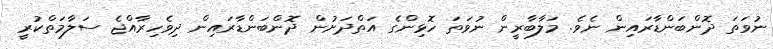
ނުވަތަ ދޮންބަންޑާރައިން ނެވެ. މަލާބާރީން ނުވަތަ ހޮޅިންގެ އަތްދަށުން ދޮންބަންޑާރައިން ދިވެހިރާއްޖެ ސަލާމަތްކުރީ